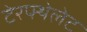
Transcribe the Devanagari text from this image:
टेरफ्थेलेट